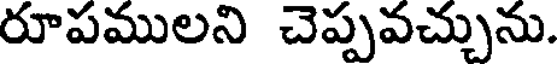
రూపములని చెప్పవచ్చును.